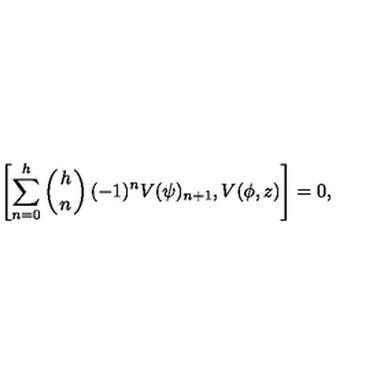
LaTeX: \left[ \sum _ { n = 0 } ^ { h } \left( { h \atop n } \right) ( - 1 ) ^ { n } V ( \psi ) _ { n + 1 } , V ( \phi , z ) \right] = 0 ,